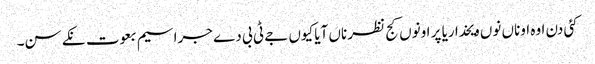
کئی دن اوہ اوناں نوں ویخدا ریا پر اونوں کج نظر ناں آیا کیوں جے ٹی بی دے جراسیم بعوت نکے سن۔